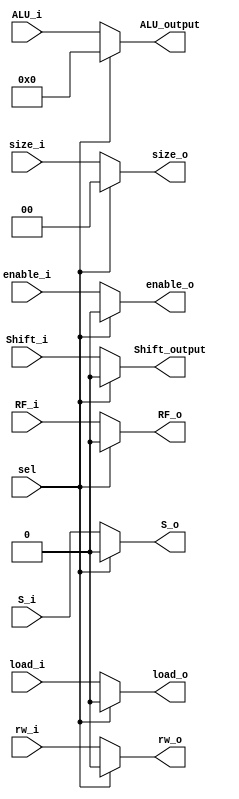
// MUX on Control Unit output
module Mux_CU (
    output reg Shift_output,
    output reg [3:0] ALU_output,
    output reg [1:0] size_o,
    output reg enable_o,
    output reg rw_o,
    output reg load_o,
    output reg S_o,
    output reg RF_o,
    input Shift_i,
    input [3:0] ALU_i,
    input [1:0] size_i,
    input enable_i,
    input rw_i,
    input load_i,
    input S_i,
    input RF_i,
    input sel
    );
    always@ (Shift_i, ALU_i, size_i, enable_i, rw_i, load_i, S_i, RF_i, sel) begin
        if(sel == 1'b0) begin
            Shift_output = Shift_i;
            ALU_output = ALU_i;
            size_o = size_i;
            enable_o = enable_i;
            rw_o = rw_i;
            load_o = load_i;
            S_o = S_i;
            RF_o = RF_i;
        end else begin      // NOP
            Shift_output = 1'b0;
            ALU_output = 4'b0000;
            size_o = 2'b00;
            enable_o = 1'b0;
            rw_o = 1'b0;
            load_o = 1'b0;
            S_o = 1'b0;
            RF_o = 1'b0;
        end
    end
endmodule